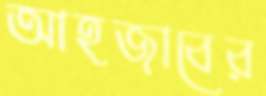
আহজাবের